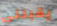
يقبلني